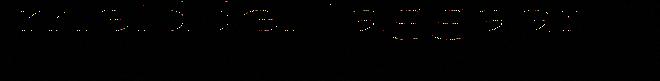
meiddei taggaar